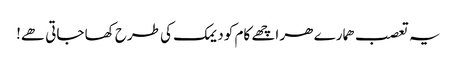
یہ تعصب ھمارے ھر اچھے کام کو دیمک کی طرح کھا جاتی ھے!